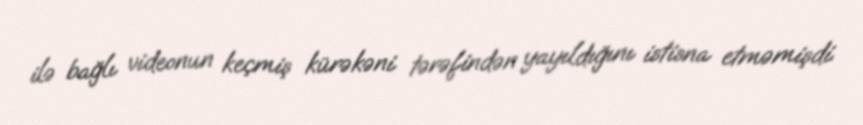
ilə bağlı videonun keçmiş kürəkəni tərəfindən yayıldığını istisna etməmişdi.